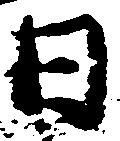
日